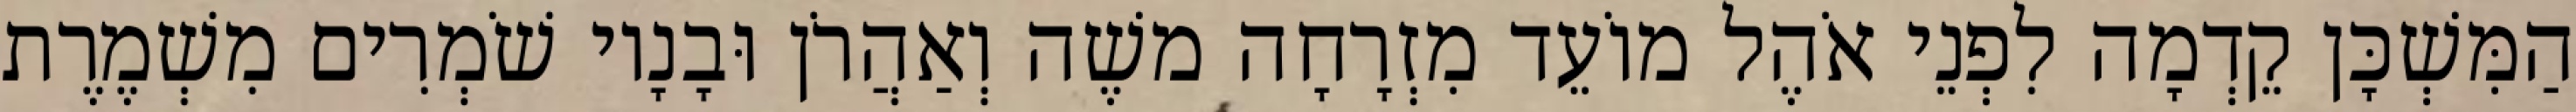
הַמִּשְׁכָּן קֵדְמָה לִפְנֵי אֹהֶל מוֹעֵד מִזְרָחָה משֶׁה וְאַהֲרֹן וּבָנָיו שֹׁמְרִים מִשְׁמֶרֶת